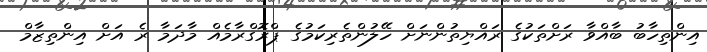
އިންތިހާބު ބާއްވާ ރަށްތަކުގެ ރައްޔިތުންނަށް ހޭލުންތެރިކަމުގެ ޕްރޮގްރާމެއް މާދަމާ ރެ އަށް އިންތިޒާމް